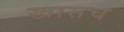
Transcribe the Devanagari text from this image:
खासच